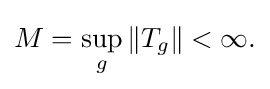
\displaystyle {M=\sup _{g}\|T_{g}\|<\infty .}